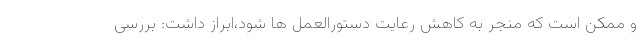
و ممکن است که منجر به کاهش رعایت دستورالعمل ها شود،ابراز داشت: بررسی